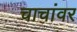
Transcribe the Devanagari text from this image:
चाचांवर